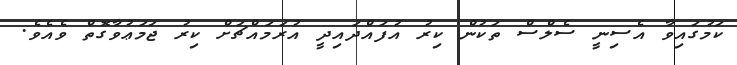
ކަމުގައިވާ އެސިނީ ސެލްސް ތަކުން ކިރު އުފައްދައިދީ އުރަމައްޗަށް ކިރު ޖަމަޢުވާގޮތް ވެއެވެ.